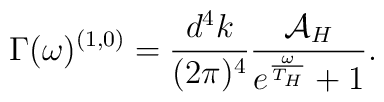
\Gamma(\omega)^{(1,0)}=\frac{d^4k}{(2\pi)^4}        \frac{{\cal A}_H}{e^{\frac{\omega}{T_H}}+1}.